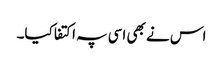
اس نے بھی اسی پہ اکتفا کیا۔